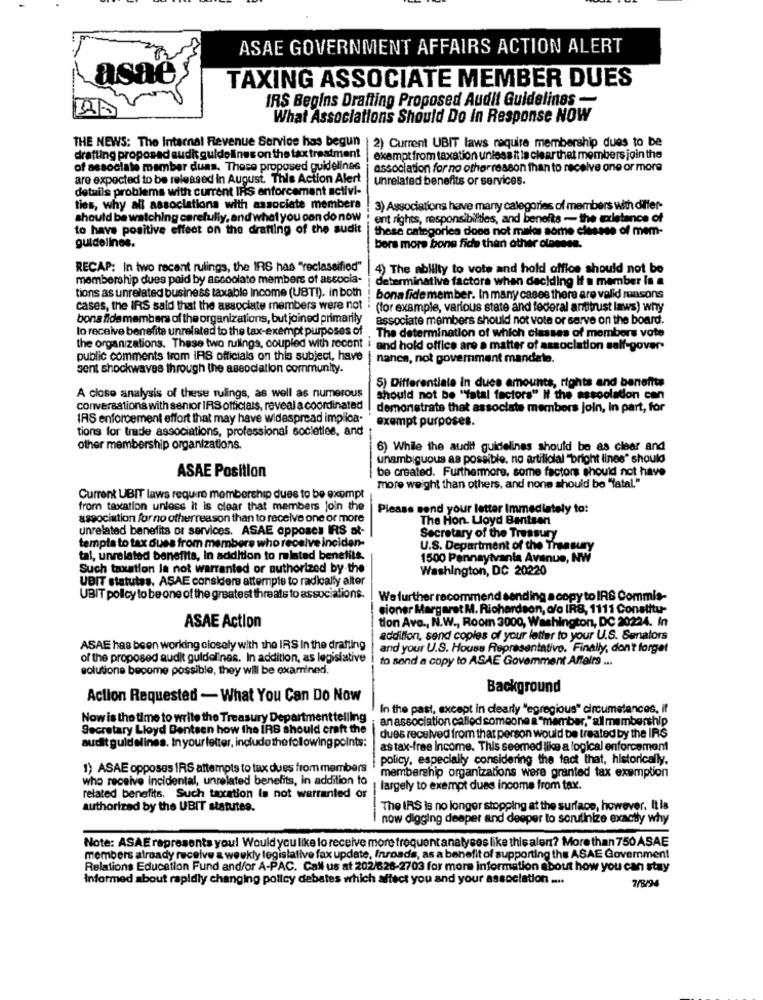
ASAE GOVERNMENT AFFAIRS ACTION ALERT
asae
TAXING ASSOCIATE MEMBER DUES
IRS Begins Drafting Proposed Audit Guidelines -
What Associations Should Do In Response NOW
THE NEWS: The Internal Revenue Service has begun
| 2) Current UBIT laws require membership dues to be
drafting proposed audit guidelines on the tax treatment
exempt from taxation unless it la clearthat members join the
of associate member duas. These proposed guidelines
association for no otherreason than to receive one or more
are expected to be released in August. This Action Alert
unrelated benefits or services.
detuils problems with current IRS enforcement activi-
ties, why all associations with associate members
3) Associations have many categories of members with differ-
should be watching carefully, and what you can do now
ent rights, responsibilities, and benefits - the existence of
to have positive effect on the drafting of the audit
these categories does not malos some elessse of mem-
guidelines.
bors more bone fiche than other classes.
RECAP: In two recent rulings, the IRS has "reclassified"
4) The ability to vote and hold office should not be
membership dues paid by accoolato members of associa-
determinative factors when deciding If a member in a
tions as unrelated business taxable Income (UST!). in both
bona fide member. In many cases there are valid masons
cases, the IRS said that the associate members were not
(for example, various state and federal antitrust laws) why
bona fide members of the organizations, but joined primarily
associate members should not vote or serve on the board.
to receive benefite unrelated to the tax-exempt purposes of
The determination of which classes of members vote
the organizations. These two rulings, coupled with recent i and hold office are a matter of association self-gover
public comments trom IRS officials on this subject, have
nanes, not government mandate.
sent shockwaves through the association community.
5) Differentiale in dues amounts, rights and benefits
A close analysis of these rulings, as well as numerous
Should not be ""fatal factors" If the association can
conversations with senior IRS officials, reveal a coordinated
demonstrate that associate members join, In part, for
IRS enforcement effort that may have widespread implica.
exempt purposes.
tions for trade associations, professional societies, and
other membership organizations.
6) While the audit guidelines should be as cleer and
unambiguous as possible. no artificial "bright lines" should
ASAE Position
be created. Furthermore, some factors should not have
more weight than others, and none should be "fatal."
Current UBIT laws require membership duee to be exempt
from taxation unless it is clear that members join the
Please send your letter Immediately to:
association for no otherreason than to receive one or more
The Hon. Lloyd Bentsen
unrelated benefits or services. ASAE opposes IRS at-
Secretary of the Treasury
tempis to tax dues from members who receive inciden-
U.S. Department of the Treasury
tal, unrelated benefits, In addition to related benefits.
1500 Pennsylvania Avenue, NW
Such taxation la not warranted or authorized by the
Washington, DC 20220
UBIT statutes. ASAE considere attempts to radically alter
UBIT pollcy to be one of the greatest threats to associations.
We further recommend send ing a copy to IRS Commis-
sioner Margaret M. Richardson, ofo IRS, 1111 Constitu-
tion Avo ., N.W ., Room 3000, Washington, DC 20224. In
ASAE Action
addition, send copies of your letter to your U.S. Senators
ASAE has been working closely with the IRS In the drafting
and your U.S. House Representativo. Finally, don't forget
of the proposed audit guidelines. In addition, as legislative
to send a copy to ASAE Goverment Affairs ...
solutione become possible, they will be examined.
Background
Action Requested - What You Can Do Now
In the past, except in clearly "egregious" circumstances, if
Now is the time to write the Treasury Departmenttelling
anassociation called someone a "member, "all membership
Secretary Lloyd Bentsen how the IRS should craft the
dues received from that person would be treated by the IRS
auditguidelines. In your letter, include the following points:
as tax-free Income. This seemed like a logical enforcement
policy, especially considering the fact that, historically.
1) ASAE opposes IRS attempts to tax dues from members
membership organizations were granted tax exemption
who receive incidental, unrelated benefits, in addition to
| largely to exempt dues income from tax.
related benefits. Such taxation Is not warranted or
authorized by the UBIT statutes.
The IRS is no longer stopping at the surface, however, It is
now digging deeper and deeper to scrutinize exactly why
Note: ASAE representa you! Would you like to receive more frequent analyses like this alen? More than 750 ASAE
members already receive a weekly legislative fax update, Inroads, as a benefit of supporting the ASAE Government
Relations Education Fund and/or A-PAC. Call us at 202/628-2703 for more information about how you can stay
informed about rapidly changing policy debates which affect you and your association ....
7/8/94